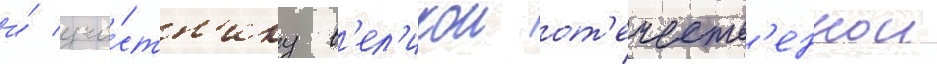
и́ уча́стн'ику в'ел'икои от'ечеств'еннои